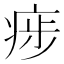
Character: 㾟